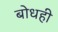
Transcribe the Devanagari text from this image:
बोधही